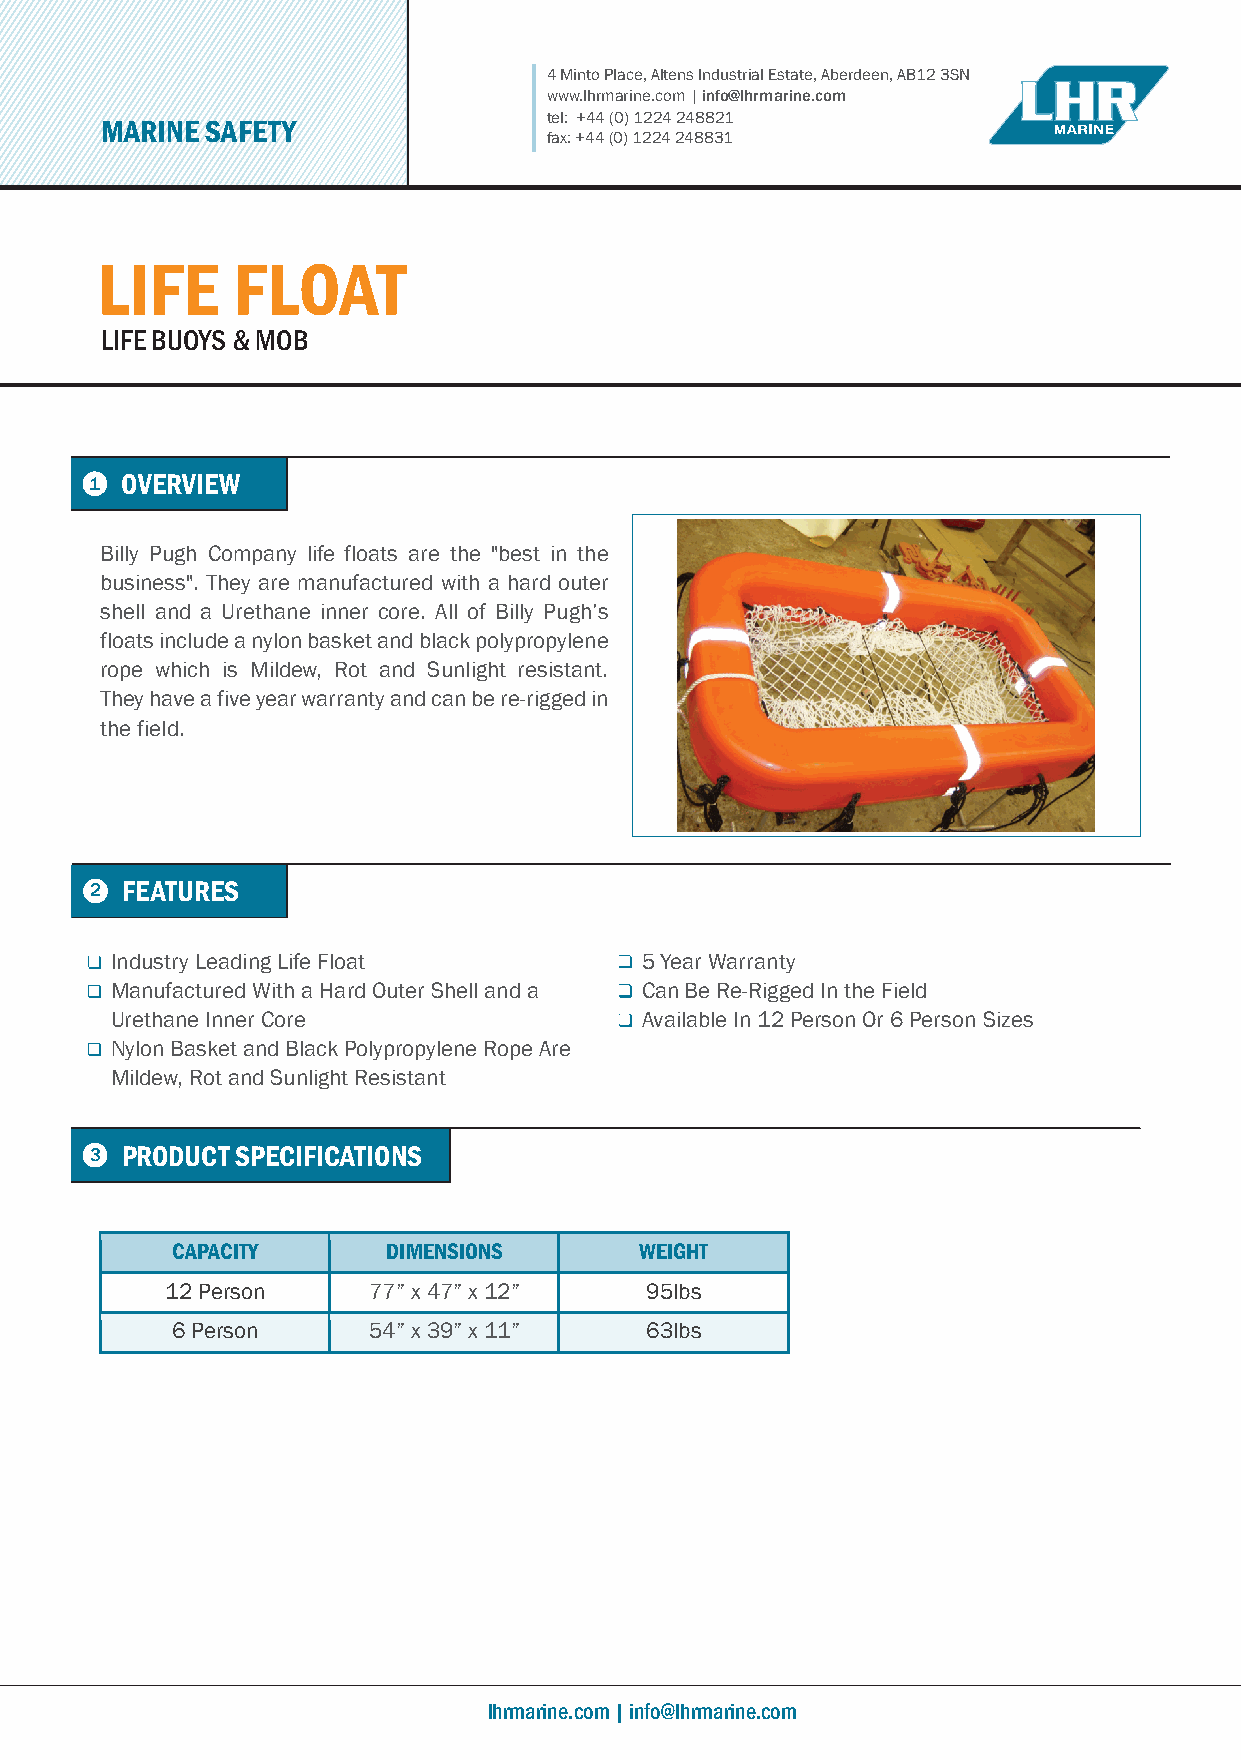
4 Minto Place, Altens Industrial Estate, Aberdeen, AB12 3SN
 www.lhrmarine.com | info@lhrmarine.com
 t el: +44 (0) 1224 248821
 MARINE SAFETY
 fax: +44 (0) 1224 248831
 LIFE     FLOAT
 LIFE BUOYS & MOB
 1 OVERVIEW
 Billy Pugh Company life floats are the "best in the
 business". They are manufactured with a hard outer
 shell and a Urethane inner core. All of Billy Pugh’s
 floats include a nylon basket and black polypropylene
 rope which is Mildew, Rot and Sunlight resistant.
 They have a five year warranty and can be re-rigged in
 the field.
 2 FEATURES
 Industry Leading Life Float        5 Year Warranty
 Manufactured With a Hard Outer Shell and a Can Be Re-Rigged In the Field
 Urethane Inner Core                Available In 12 Person Or 6 Person Sizes
 Nylon Basket and Black Polypropylene Rope Are
 Mildew, Rot and Sunlight Resistant
 3 PRODUCT SPECIFICATIONS
 CAPACITY       DIMENSIONS      WEIGHT
 12 Person    77” x 47” x 12”    95lbs
 6 Person     54” x 39” x 11”    63lbs
 lhrmarine.com | info@lhrmarine.com